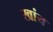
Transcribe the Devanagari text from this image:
खांय